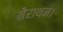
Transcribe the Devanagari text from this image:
मैराथन।